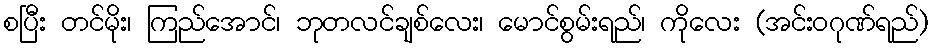
စပြီး တင်မိုး၊ ကြည်အောင်၊ ဘုတလင်ချစ်လေး၊ မောင်စွမ်းရည်၊ ကိုလေး (အင်းဝဂုဏ်ရည်)